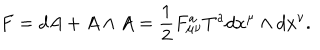
F = d A + A \wedge A = \frac { 1 } { 2 } F _ { \mu \nu } ^ { a } T ^ { a } d x ^ { \mu } \wedge d x ^ { \nu } .